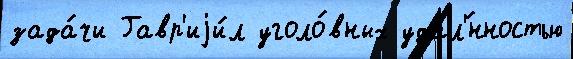
зада́чи Гавр'иjи́л уголо́вных удал'́нностью